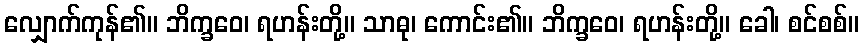
လျှောက်ကုန်၏။ ဘိက္ခဝေ၊ ရဟန်းတို့။ သာဓု၊ ကောင်း၏။ ဘိက္ခဝေ၊ ရဟန်းတို့။ ခေါ၊ စင်စစ်။